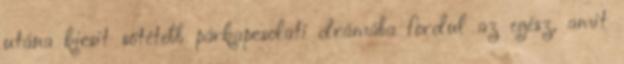
utána kicsit sötétebb párkapcsolati drámába fordul az egész, amit